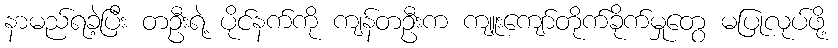
နာမည်ရခဲ့ပြီး တဦးရဲ့ ပိုင်နက်ကို ကျန်တဦးက ကျူးကျော်တိုက်ခိုက်မှုတွေ မပြုလုပ်ဖို့